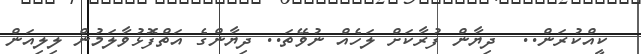
ކީއްކުރަން..  ދިޔާން ފުރާކަށް ލަހެއް ނުވޭތަ.. ދިޔާންގެ އަތްފޮޅުވާލަމުން ލިލިއަން